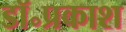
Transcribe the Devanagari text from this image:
डॉ॰प्रकाश